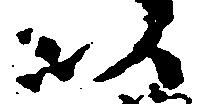
以